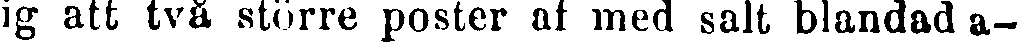
ig att två större poster af med salt blandad a-